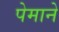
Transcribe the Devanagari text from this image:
पेमाने